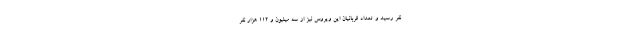
نفر رسید و تعداد قربانیان این ویروس نیز از سه میلیون و ۱۱۲ هزار نفر